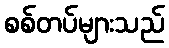
စစ်တပ်များသည်